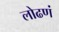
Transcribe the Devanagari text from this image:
लोढणं